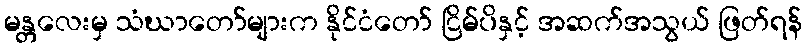
မန္တလေးမှ သံဃာတော်များက နိုင်ငံတော် ငြိမ်ပိနှင့် အဆက်အသွယ် ဖြတ်ရန်